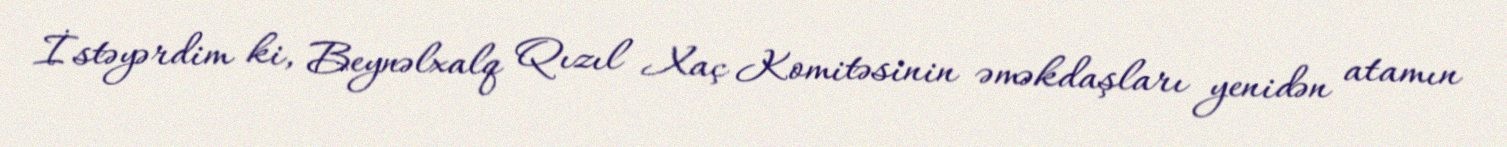
İstəyərdim ki, Beynəlxalq Qızıl Xaç Komitəsinin əməkdaşları yenidən atamın